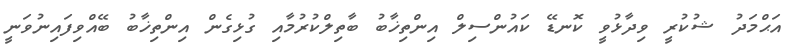
އަޙްމަދު ޝުކުރީ ވިދާޅުވީ ކޮނޑޭ ކައުންސިލް އިންތިޚާބު ބާތިލްކުރުމާއި ގުޅިގެން އިންތިޚާބު ބޭއްވިފައިނުވަނީ